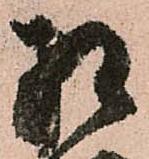
相